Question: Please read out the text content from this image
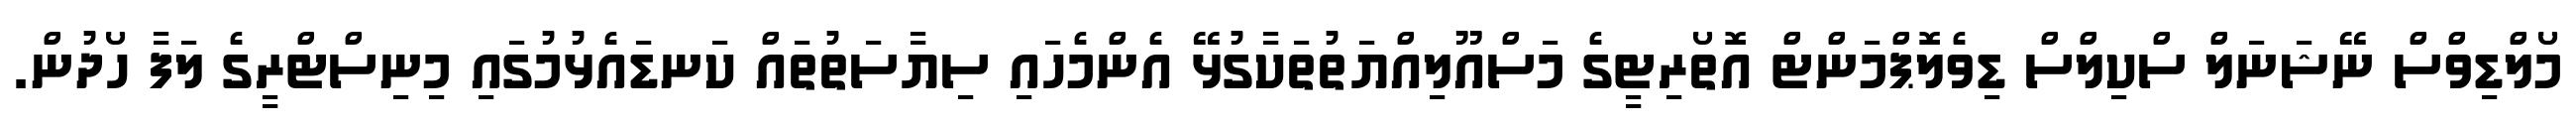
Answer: މޯލްޑިވްސް ނޭޝަނަލް ސްކިލްސް ޑިވެލޮޕްމަންޓް އޮތޯރިޓީގެ މަސްއޫލިއްޔަތުތަކާގުޅޭ އެންމެހައި ސިޔާސަތުތައް ކަނޑައެޅުމުގައި މިނިސްޓްރީގެ ލަފާ ހޯދުން.